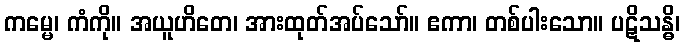
ကမ္မေ၊ ကံကို။ အယူဟိတေ၊ အားထုတ်အပ်သော်။ ဧကာ၊ တစ်ပါးသော။ ပဋိသန္ဓိ၊